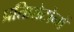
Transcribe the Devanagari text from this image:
प्रतिप्रोटोनों